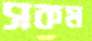
সকম